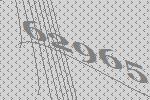
62965